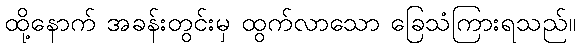
ထို့နောက် အခန်းတွင်းမှ ထွက်လာသော ခြေသံကြားရသည်။